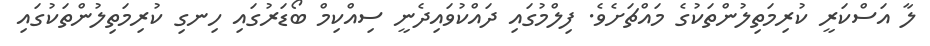
ލާ އަސްކަރީ ކުރިމަތިލުންތަކުގެ މައްޗަށެވެ. ފިލްމުގައި ދައްކުވައިދެނީ ސިއްކިމް ބޯޑަރުގައި ހިނގި ކުރިމަތިލުންތަކުގައި